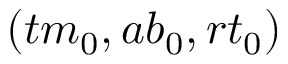
( { t m } _ { 0 } , { a b } _ { 0 } , { r t } _ { 0 } )